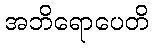
အဘိရောပေတိ